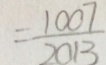
= \frac { 1 0 0 7 } { 2 0 1 3 }